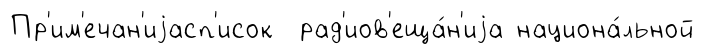
Пр'им'ечан'иjасп'исок рад'иов'еща́н'иjа национа́льной